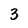
Character: 3